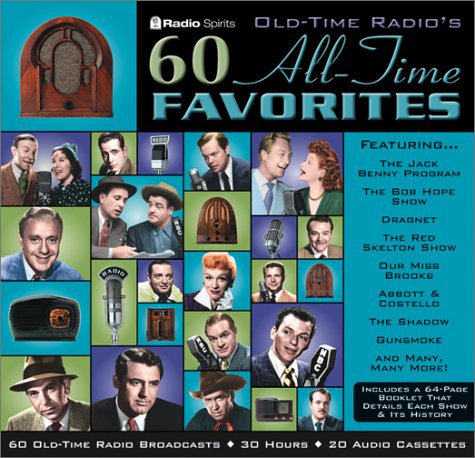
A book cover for Old-Time Radio's 60 All-Time Favorites; Humor & Entertainment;